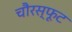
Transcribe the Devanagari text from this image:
चौरस्फूट